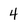
Character: 4